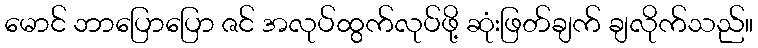
မောင် ဘာပြောပြော ဇင် အလုပ်ထွက်လုပ်ဖို့ ဆုံးဖြတ်ချက် ချလိုက်သည်။